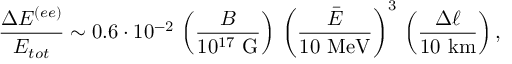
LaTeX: \frac { \Delta { \cal E } ^ { ( e e ) } } { { \cal E } _ { t o t } } \sim 0 . 6 \cdot 1 0 ^ { - 2 } \, \left( \frac { B } { 1 0 ^ { 1 7 } ~ \mathrm { G } } \right) \, \left( \frac { \bar { E } } { 1 0 ~ \mathrm { M e V } } \right) ^ { 3 } \, \left( \frac { \Delta \ell } { 1 0 ~ \mathrm { k m } } \right) ,